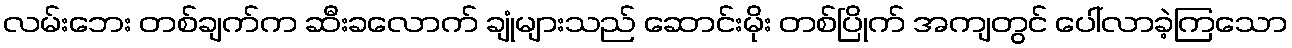
လမ်းဘေး တစ်ချက်က ဆီးခလောက် ချုံများသည် ဆောင်းမိုး တစ်ပြိုက် အကျတွင် ပေါ်လာခဲ့ကြသော